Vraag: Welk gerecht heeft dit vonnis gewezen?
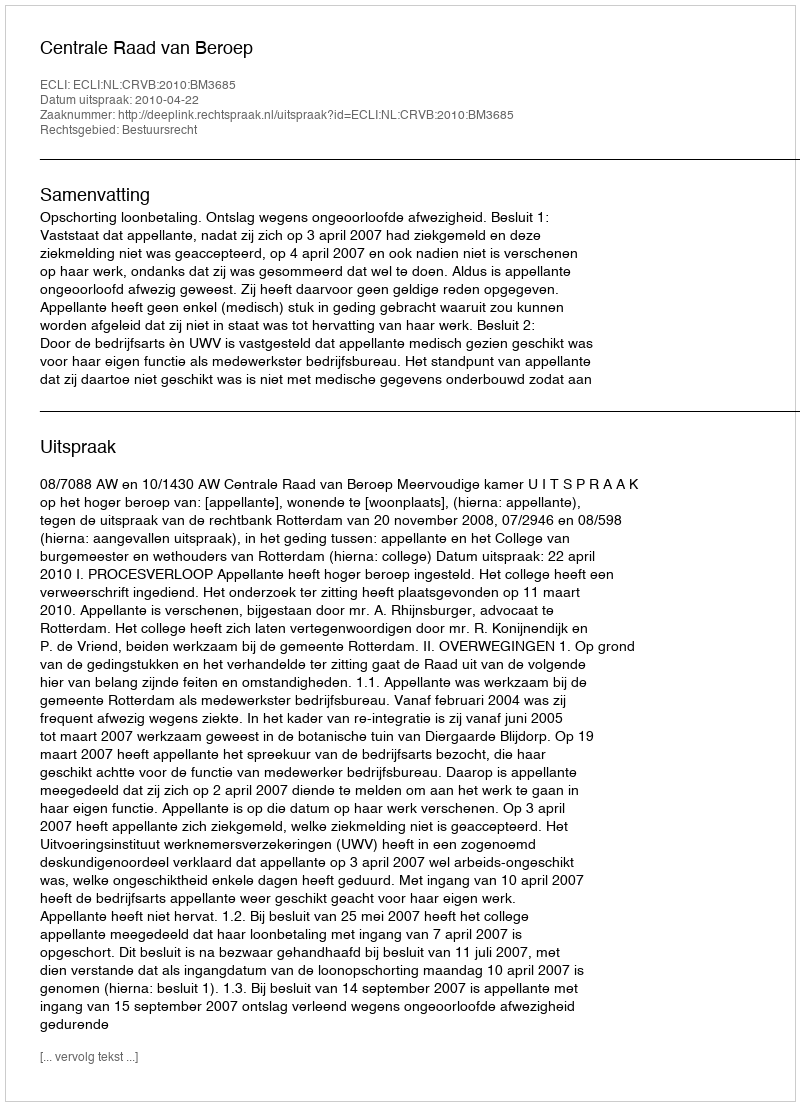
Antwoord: Centrale Raad van Beroep